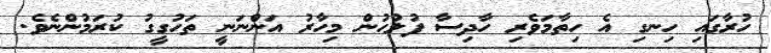
ހުރާގައި ހިނގި އެ ހިތާމަވެރި ހާދިސާ ފުލުހުން މިހާރު އަންނަނީ ތަހުގީގު ކުރަމުންނެވެ.